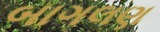
બાગલણ